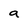
Character: a